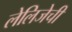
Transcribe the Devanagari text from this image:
लेलिजेची